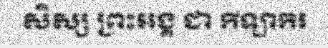
សិស្ស ព្រះអង្គ ជា កីឡាករ